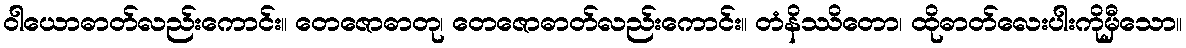
ဝါယောဓာတ်လည်းကောင်း။ တေဇောဓာတု၊ တေဇောဓာတ်လည်းကောင်း။ တံနိဿိတော၊ ထိုဓာတ်လေးပါးကိုမှီသော။